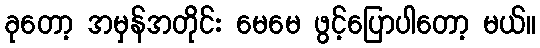
ခုတော့ အမှန်အတိုင်း မေမေ ဖွင့်ပြောပါတော့ မယ်။